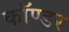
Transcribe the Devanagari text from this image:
कॉण्डर